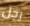
رجل